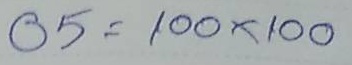
05 = 100 x 100